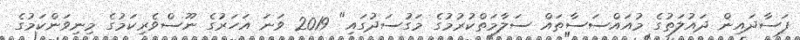
ފަސާދައިން ދައުލަތުގެ މުއައްސަސާތައް ސަލާމަތްކުރުމުގެ މަގުސަދުގައި" 2019 ވަނަ އަހަރުގެ ނޫސްވެރިކަމުގެ މިނިވަންކަމުގެ